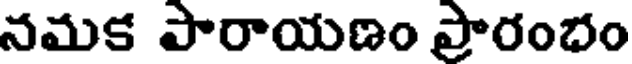
నమక పారాయణం ప్రారంభం